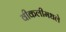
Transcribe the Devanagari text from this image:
वीकलीमधले